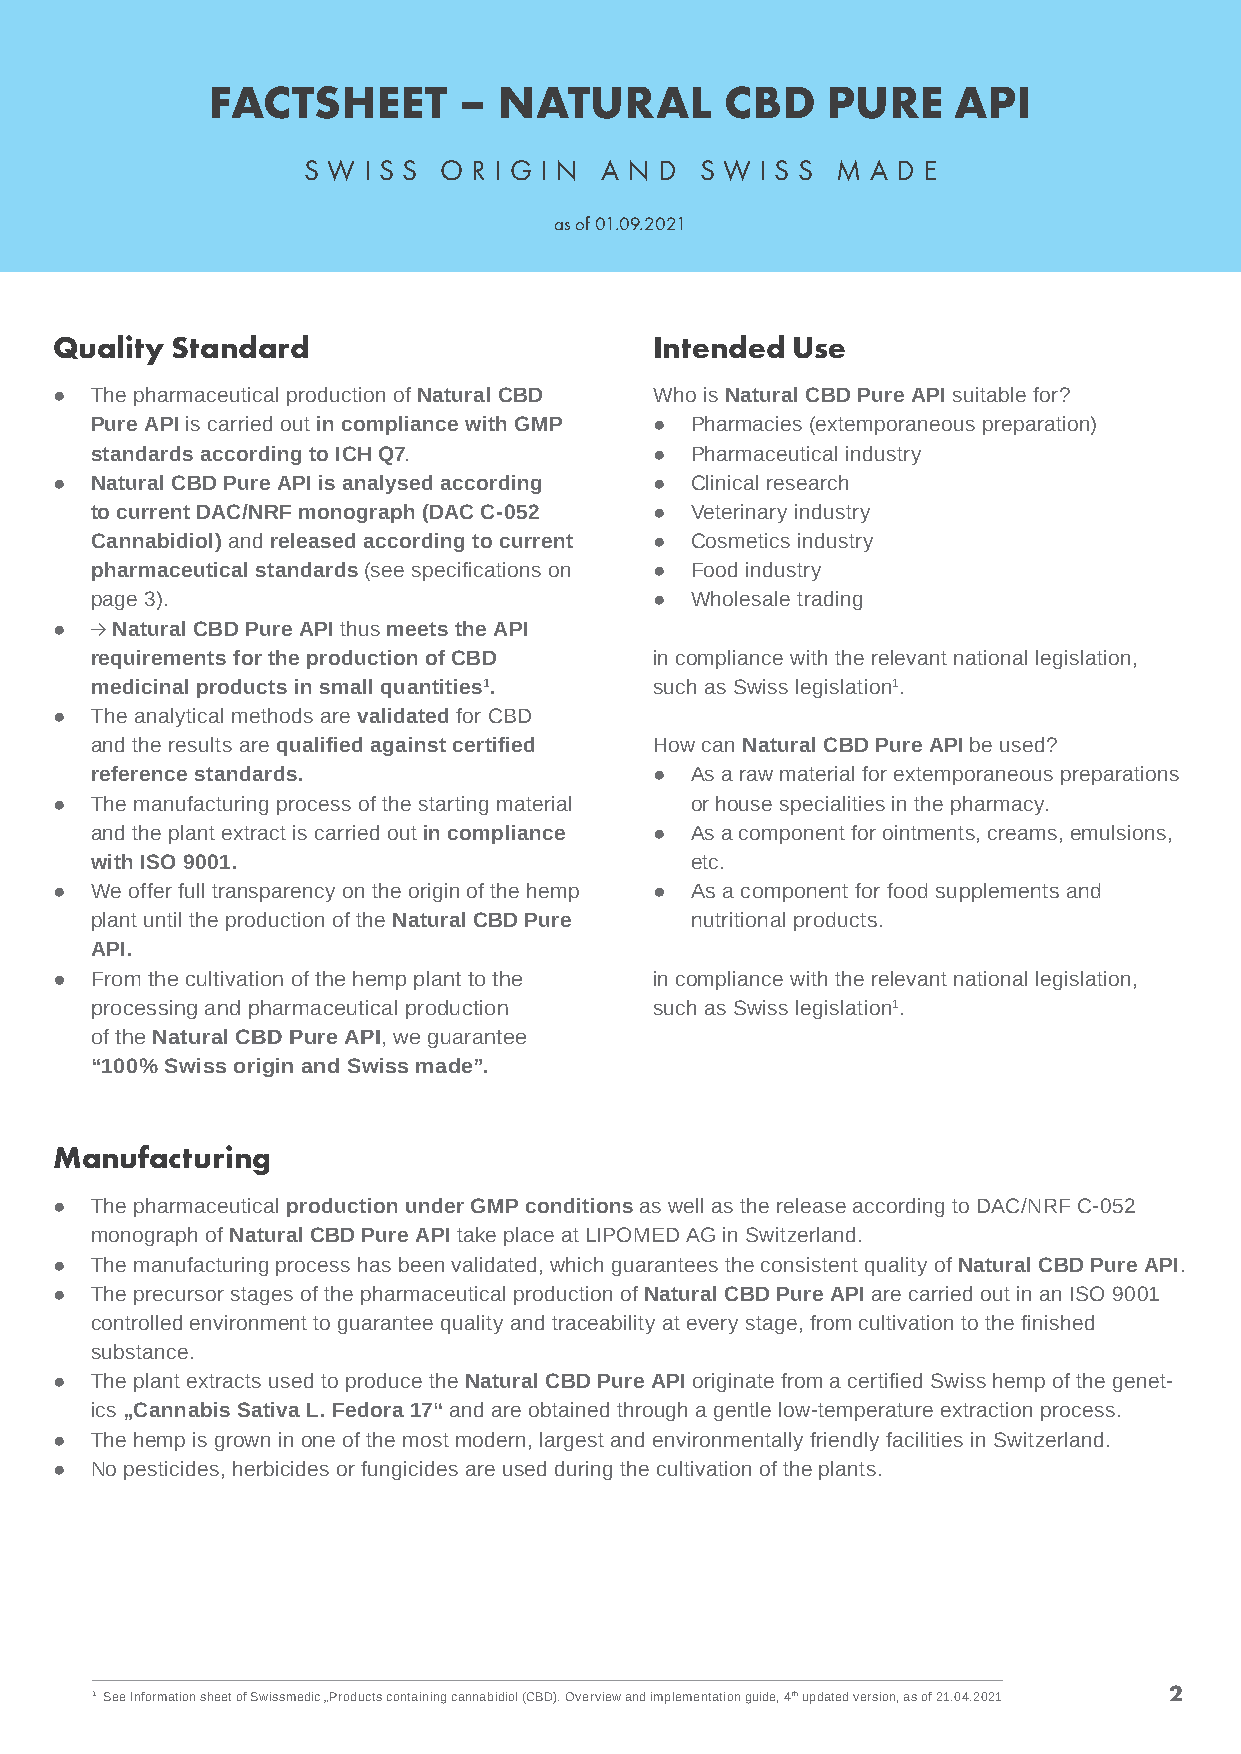
FACTSHEET       –  NATURAL        CBD    PURE    API
 S W I S S O R I G I N A N D S W I S S M A D E
 as of 01.09.2021
 Quality Standard                       Intended Use
 ● The pharmaceutical production of Natural CBD Who is Natural CBD Pure API suitable for?
 Pure API is carried out in compliance with GMP ● Pharmacies (extemporaneous preparation)
 standards according to ICH Q7.       ●  Pharmaceutical industry
 ● Natural CBD Pure API is analysed according ● Clinical research
 to current DAC/NRF monograph (DAC C-052 ● Veterinary industry
 Cannabidiol) and released according to current ● Cosmetics industry
 pharmaceutical standards (see specifications on ● Food industry
 page 3).                             ●  Wholesale trading
 ●  Natural CBD Pure API thus meets the API
 requirements for the production of CBD in compliance with the relevant national legislation,
 medicinal products in small quantities1. such as Swiss legislation1.
 ● The analytical methods are validated for CBD
 and the results are qualified against certified How can Natural CBD Pure API be used?
 reference standards.                 ●  As a raw material for extemporaneous preparations
 ● The manufacturing process of the starting material or house specialities in the pharmacy.
 and the plant extract is carried out in compliance ● As a component for ointments, creams, emulsions,
 with ISO 9001.                          etc.
 ● We offer full transparency on the origin of the hemp ● As a component for food supplements and
 plant until the production of the Natural CBD Pure nutritional products.
 API.
 ● From the cultivation of the hemp plant to the in compliance with the relevant national legislation,
 processing and pharmaceutical production such as Swiss legislation1.
 of the Natural CBD Pure API, we guarantee
 “100% Swiss origin and Swiss made”.
 Manufacturing
 ● The pharmaceutical production under GMP conditions as well as the release according to DAC/NRF C-052
 monograph of Natural CBD Pure API take place at LIPOMED AG in Switzerland.
 ● The manufacturing process has been validated, which guarantees the consistent quality of Natural CBD Pure API.
 ● The precursor stages of the pharmaceutical production of Natural CBD Pure API are carried out in an ISO 9001
 controlled environment to guarantee quality and traceability at every stage, from cultivation to the finished
 substance.
 ● The plant extracts used to produce the Natural CBD Pure API originate from a certified Swiss hemp of the genet-
 ics „Cannabis Sativa L. Fedora 17“ and are obtained through a gentle low-temperature extraction process.
 ● The hemp is grown in one of the most modern, largest and environmentally friendly facilities in Switzerland.
 ● No pesticides, herbicides or fungicides are used during the cultivation of the plants.
 2
 1 See Information sheet of Swissmedic „Products containing cannabidiol (CBD). Overview and implementation guide, 4th updated version, as of 21.04.2021